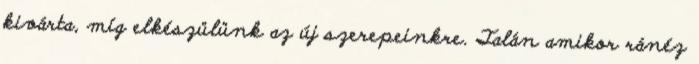
kivárta, míg elkészülünk az új szerepeinkre. Talán amikor ránéz